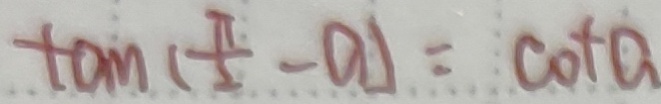
\tan ( \frac { \pi } { 2 } - a ) = \cot a